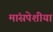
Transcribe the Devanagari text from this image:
मांसपेशीयां